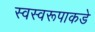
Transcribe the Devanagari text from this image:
स्वस्वरूपाकडे